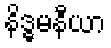
နိဒ္ဓမနီယာ